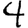
Digit: 4